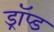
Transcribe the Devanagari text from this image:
ड्रॉप्ड